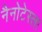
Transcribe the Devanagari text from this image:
नैनोटेस्ला